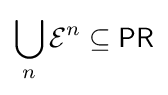
\bigcup _{n}{{\mathcal {E}}^{n}}\subseteq {\mathsf {PR}}